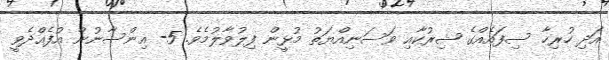
އަދި ހުރިހާ ސިފައެއްގެ ޝިރުކާއި ވަސަނިއްޔަތު މުޅީން ފިލުވާލުމެވެ. 5- އިންސާނުން އުފެއްދެވީ